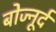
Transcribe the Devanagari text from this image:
बोज्नूर्द